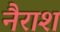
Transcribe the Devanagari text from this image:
नैराश